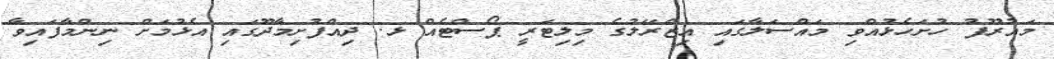
މައުރޫފު ހުށަހެޅުއްވި މައްސަލާގައި އިޒްރޭލުގެ މިލިޓަރީ ޕޯސްޓެއް ޅ. ދިއްފުށިމާދޫގައި އެޅުމަށް ނިންމާފައިވާ